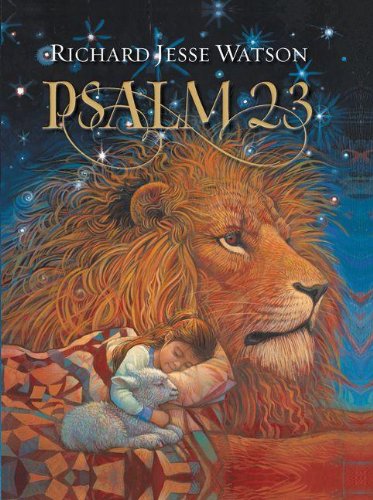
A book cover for Psalm 23; Christian Books & Bibles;